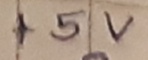
Text: +5V